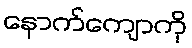
နောက်ကျောကို